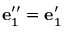
{ \bf e } _ { 1 } ^ { \prime \prime } = { \bf e } _ { 1 } ^ { \prime }